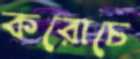
করোচে